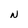
Character: N